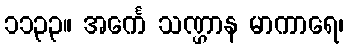
၁၁၃၃။ အင်္ကေ သဏ္ဌာန မာကာရေ၊